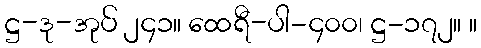
ဋ္ဌ-ဒု-အုပ် ၂၄၁။ ထေရီ-ပါ-၄၀၀၊ ဋ္ဌ-၁၇၂။ ။